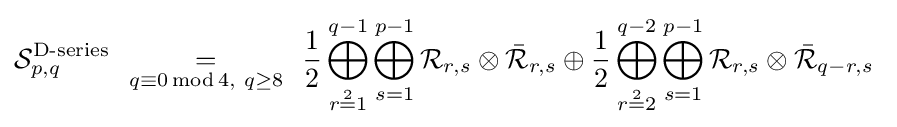
{\mathcal {S}}_{p,q}^{\text{D-series}}\ \ {\underset {q\equiv 0\operatorname {mod} 4,\ q\geq 8}{=}}\ \ {\frac {1}{2}}\bigoplus _{r{\overset {2}{=}}1}^{q-1}\bigoplus _{s=1}^{p-1}{\mathcal {R}}_{r,s}\otimes {\bar {\mathcal {R}}}_{r,s}\oplus {\frac {1}{2}}\bigoplus _{r{\overset {2}{=}}2}^{q-2}\bigoplus _{s=1}^{p-1}{\mathcal {R}}_{r,s}\otimes {\bar {\mathcal {R}}}_{q-r,s}\